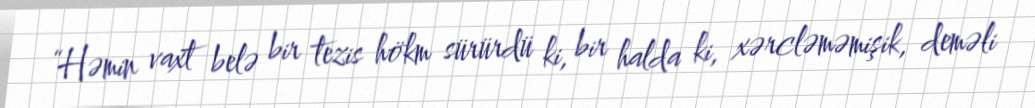
“Həmin vaxt belə bir tezis hökm sürürdü ki, bir halda ki, xərcləməmişik, deməli